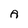
Character: A